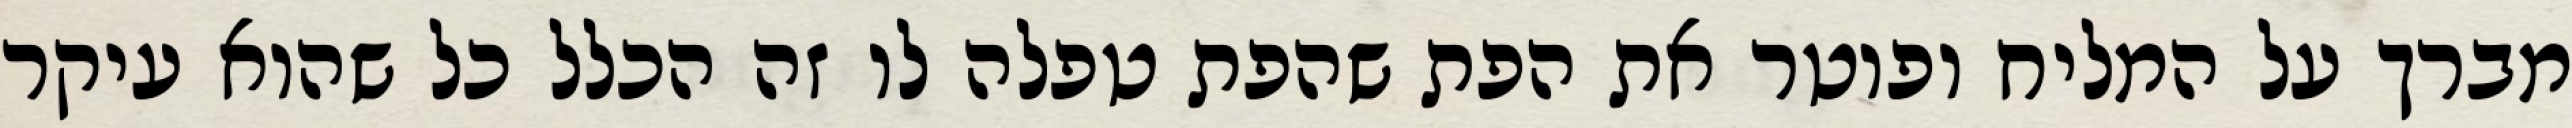
מברך על המליח ופוטר את הפת שהפת טפלה לו זה הכלל כל שהוא עיקר